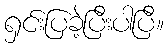
ရှင်းပြခဲ့ပြီးပါပြီ။